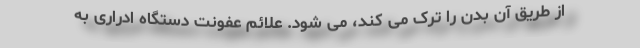
از طریق آن بدن را ترک می کند، می شود. علائم عفونت دستگاه ادراری به